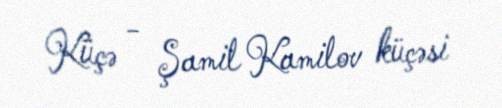
Küçə - Şamil Kamilov küçəsi